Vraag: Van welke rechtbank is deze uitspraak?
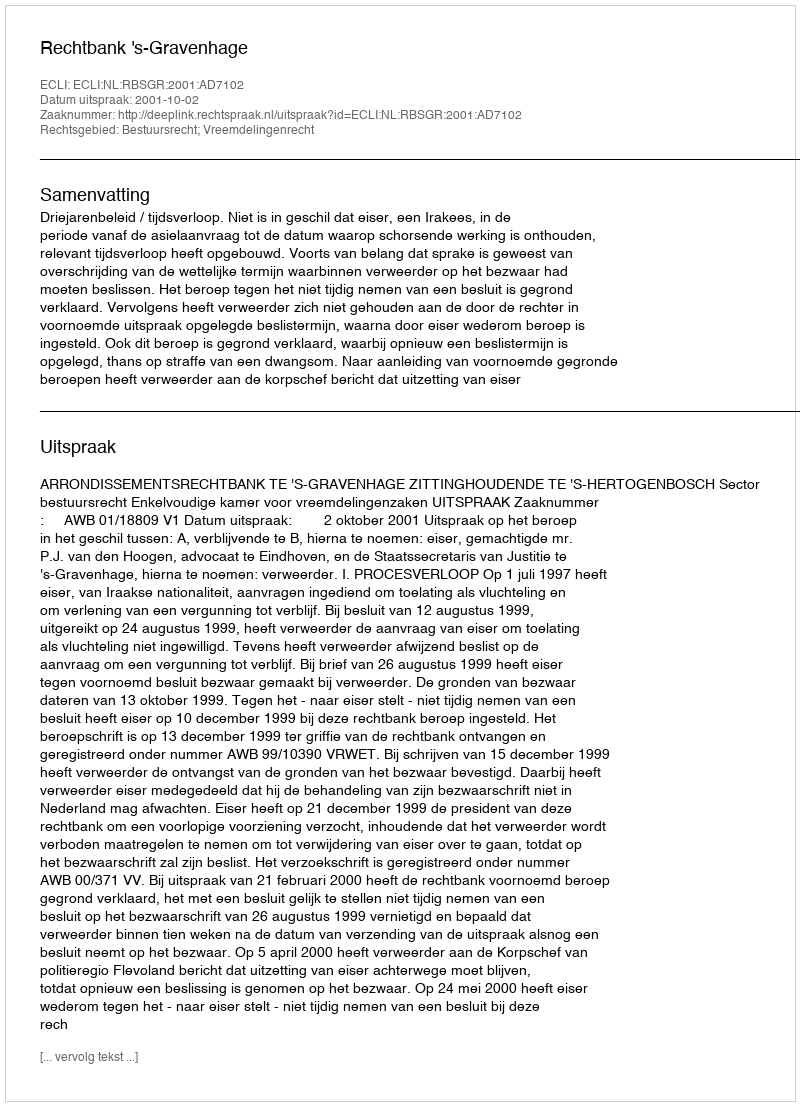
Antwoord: Rechtbank 's-Gravenhage